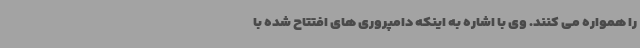
را همواره می کنند. وی با اشاره به اینکه دامپروری های افتتاح شده با